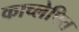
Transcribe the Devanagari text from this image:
काच्लेपित